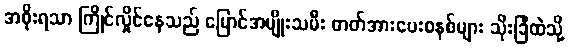
အစိုးရသာ ကြိုင်လှိုင်နေသည် မြောင်အမျိုးသမီး ဓာတ်အားပေးစနစ်များ သိုးခြံထဲသို့